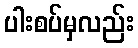
ပါးစပ်မှလည်း